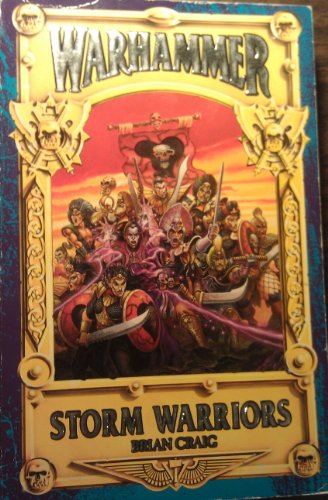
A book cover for Storm Warriors (The Orfeo Trilogy, Book 3); Brian Craig; Teen & Young Adult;